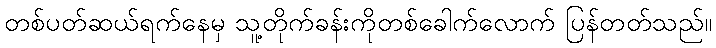
တစ်ပတ်ဆယ်ရက်နေမှ သူ့တိုက်ခန်းကိုတစ်ခေါက်လောက် ပြန်တတ်သည်။